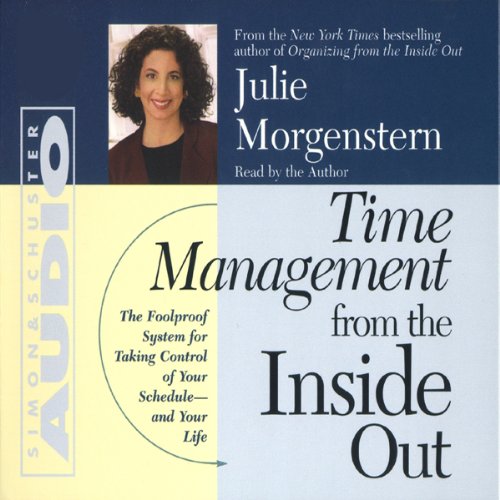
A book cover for Time Management from the Inside Out; Julie Morgenstern; Business & Money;